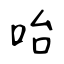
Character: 咍